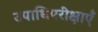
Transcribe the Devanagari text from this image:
उपाधिपरीक्षाएँ